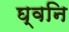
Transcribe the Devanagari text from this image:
घ्वनि